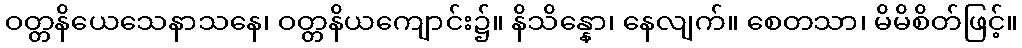
ဝတ္တနိယေသေနာသနေ၊ ဝတ္တနိယကျောင်း၌။ နိသိန္နော၊ နေလျက်။ စေတသာ၊ မိမိစိတ်ဖြင့်။